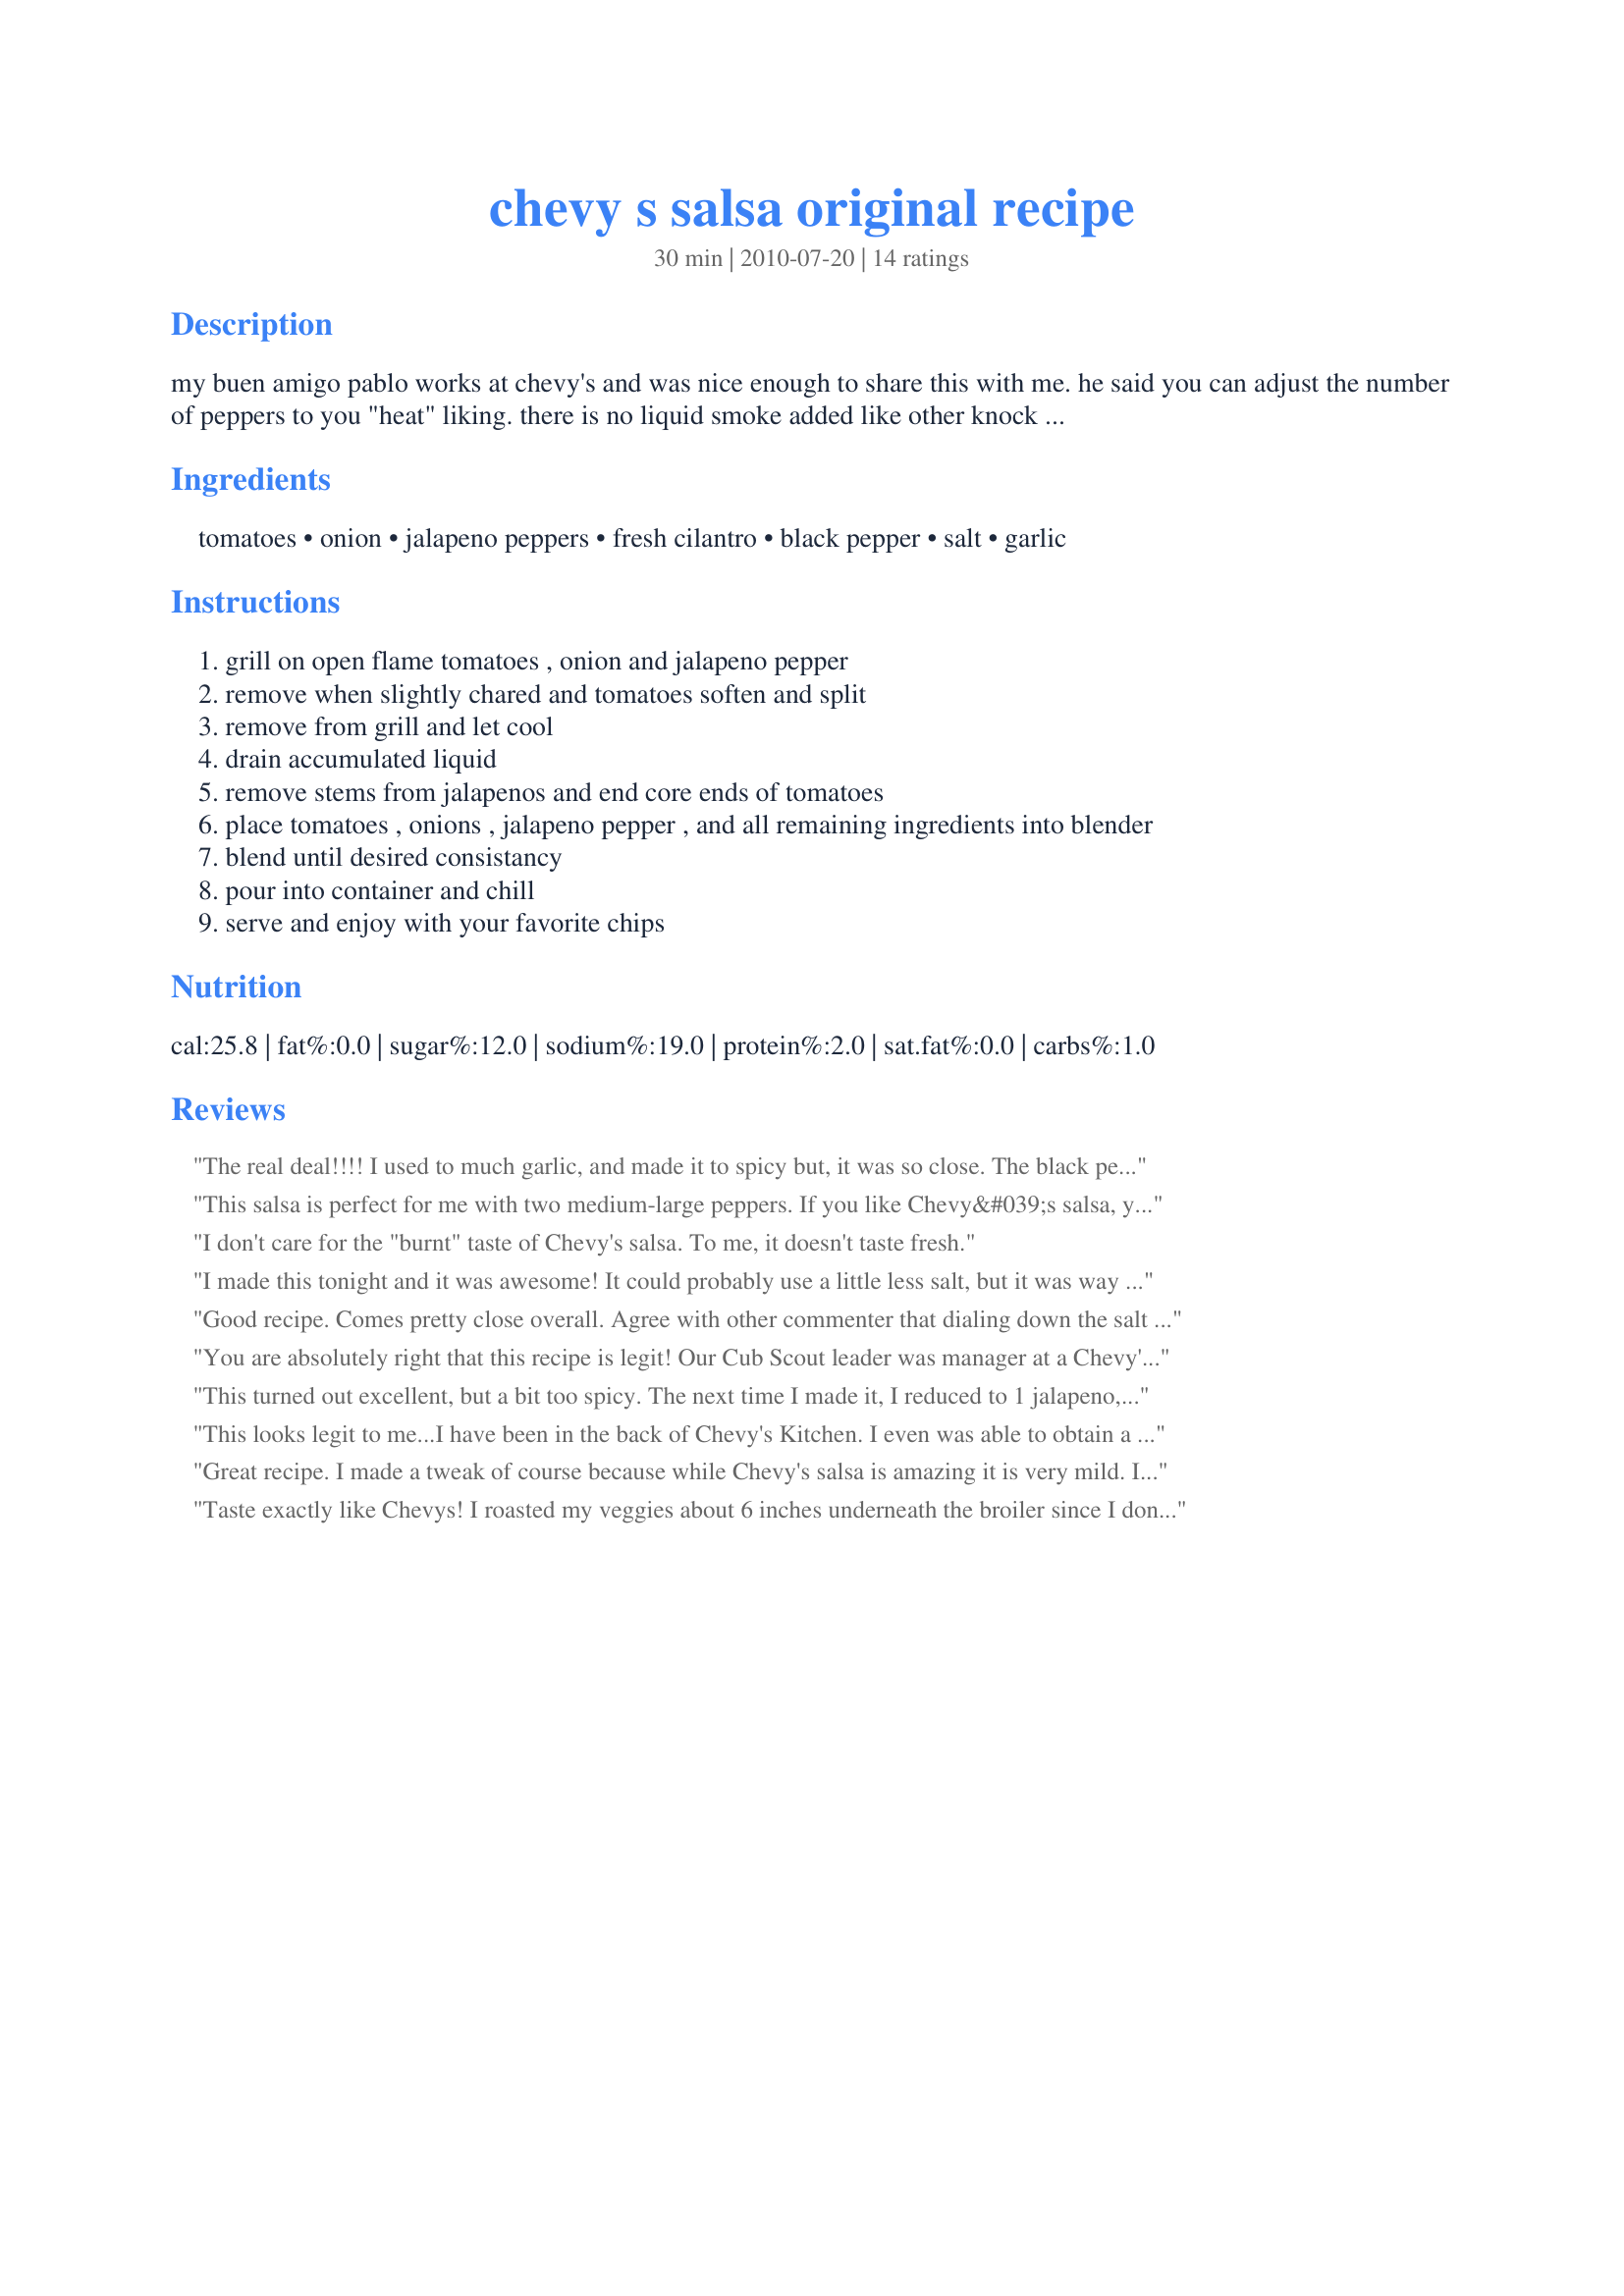
chevy s salsa original recipe
Preparation time: 30 minutes

my buen amigo pablo works at chevy's and was nice enough to share this with me. he said you can adjust the number of peppers to you "heat" liking. there is no liquid smoke added like other knock offs claim. the key to the smokey flavor is the char-grilling that takes place first.

Ingredients:
tomatoes, onion, jalapeno peppers, fresh cilantro, black pepper, salt, garlic

Steps:
grill on open flame tomatoes , onion and jalapeno pepper
remove when slightly chared and tomatoes soften and split
remove from grill and let cool
drain accumulated liquid
remove stems from jalapenos and end core ends of tomatoes
place tomatoes , onions , jalapeno pepper , and all remaining ingredients into blender
blend until desired consistancy
pour into container and chill
serve and enjoy with your favorite chips

Reviews:
The real deal!!!! I used to much garlic, and made it to spicy but, it was so close. The black pepper is the missing link!!! It smelled just like the real deal!!! I've been trying for years to copy this,, thanks so much! You're right, the popular recipe on the web w/the liquid smoke is a joke, not even close. You rule! Note I only used 1 teaspoon of salt.
This salsa is perfect for me with two medium-large peppers. If you like Chevy&#039;s salsa, you also don&#039;t like too much heat in your salsa. I made the recipe exactly to this and found it a bit salty, but the saltiness subsided after a couple of hours. I&#039;ve been using 1 1/2 teaspoons of salt because I like to eat the salsa fresh and warm. Makes 32 ounces. I love Chevy&#039;s salsa but my wife doesn&#039;t like the smokey flavor of it all. Broiled, this is perfect for her. Grilled (On the BBQ) was too smokey for her (But smelled GREAT!) Much like Reeser&#039;s Restaurant-style salsa, too, which disappeared from our stores which prompted me to find this recipe. For less heat, use smaller peppers. For more, use bigger peppers. Adding or subtracting a whole pepper is too much, either way. Oh... I also use the ripest Roma tomatoes that I could find. &lt;br/&gt;&lt;br/&gt;To compare costs VS buying salsa, I used the 16 ounce tub. Each 16 ounces costs me about $1.22 in ingredients. The whole batch was $2.44. So, my time was worth the savings versus store bought fresh salsa, but I just had a hard time keeping the family stocked with this stuff. It goes better than twice as fast into the mouths of those who appreciate wholesome, home-cooked foods.
I don't care for the "burnt" taste of Chevy's salsa. To me, it doesn't taste fresh.
I made this tonight and it was awesome! It could probably use a little less salt, but it was way yummy! I used my home grown organic tomatoes and fresh veggies from the store. I too only used one tsp of salt and NO smoke flavoring. Excellent. I am going to have to hide it from my husband so I can get some.
Good recipe. Comes pretty close overall. Agree with other commenter that dialing down the salt to 1 tsp is a good idea. Also agree with recipe contributor that the liquid smoke is a problem -- I tried that take and it was so bad I had to throw out the whole batch.
You are absolutely right that this recipe is legit! Our Cub Scout leader was manager at a Chevy's and we got a tour of the kitchen and a lesson on how to make this famous salsa. No vinegar, no liquid smoke. They roasted on a large jelly roll pan under a broiler, not on an actual grill. Other than that, it looks great. Maybe that copycat recipe guy should be in Cub Scouts ;o)
This turned out excellent, but a bit too spicy. The next time I made it, I reduced to 1 jalapeno, 1 tsp. pepper, and 1 1/2 tsp of salt. It tastes very much like Chevy's. I've made this numerous times now, and I find that the more I blacken the veggies on the grill, the more authentic it tastes. Thanks for the wonderful recipe!
This looks legit to me...I have been in the back of Chevy's Kitchen. I even was able to obtain a couple of their silver foil wrapped spice packets from one of the workers. The spice tasted exactly like the blend of granulated garlic, salt and black pepper mentioned here, I couldnt detect anything else in the mixture. I also saw this youtube video to validate all people that posted with inside information https://www.youtube.com/watch?v=eWbQ-r8IebE So if you see any other recipes out their using liquid smoke etc...Its not Chevy's Salsa. Worst case is you can visit Chevy's and they sell the stuff for $5 a pint.
Great recipe. I made a tweak of course because while Chevy's salsa is amazing it is very mild. I use either two or three jalape?o peppers and add a Serrano to give it some heat to go along with the flavor. I also reduce the salt. I have also found it helpful to brush the vegetables with olive oil or toasted sesame oil prior to grilling them. This adds to the smoke flavor.
Taste exactly like Chevys! I roasted my veggies about 6 inches underneath the broiler since I don't own a grill, tasted great! Only change, I have a very high tolerance to spice and 2 jalape&ntilde;os was way too much for me, next time will probably one do 1. Thanks so much for the great recipe!!
So bomb! My go to recipe for salsa. I make this all the time when we have friends over and the first thing they always say is
Liqued Smoke? Vinegar? What the Scallop??? NO!&lt;br/&gt;&lt;br/&gt;Chevy&#039;s Salsa gets its unique flavor from the roasting process. The more you roast the veggies, the fuller the flavor will be. If your salsa comes out light pinkish, the veggies were not roasted long enough.&lt;br/&gt;&lt;br/&gt;(A former girlfreind was a Chevy&#039;s Store manager, and she would make this for me at home.)&lt;br/&gt;&lt;br/&gt;Thanks for posting this, it&#039;s the correct recipe. Not a CopyCat
This turned out very good. I used canned roasted tomatoes and canned roasted jalape&ntilde;os. Not as much onion. Be sure to drain out as much liquid as possible. I added juice of lime. Yumm
This was AMAZING! We only used 1 cored jalapeno, and we also added grilled red and yellow bell pepper as well. It tasted just like the chevy's salsa even with the added pepper! Great job thank you so much
